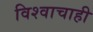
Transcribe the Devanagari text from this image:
विश्वाचाही